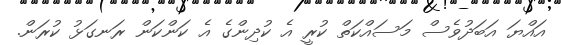
އައްޔަ އަބަދުވެސް މަސައްކަތް ކުރީ އެ ކުދިންގެ އެ ކަންކަން ރަނގަޅު ކުރަން.